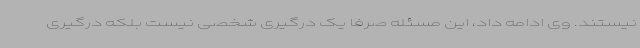
نیستند. وی ادامه داد، این مسئله صرفا یک درگیری شخصی نیست بلکه درگیری